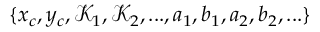
\{ x _ { c } , y _ { c } , \mathcal { K } _ { 1 } , \mathcal { K } _ { 2 } , . . . , a _ { 1 } , b _ { 1 } , a _ { 2 } , b _ { 2 } , . . . \}